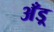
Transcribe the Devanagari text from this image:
अँड्र्